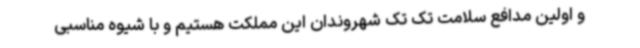
و اولین مدافع سلامت تک تک شهروندان این مملکت هستیم و با شیوه مناسبی